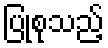
ပြုစုသည့်